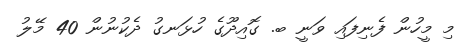
މި މީހުން ފެނިފައި ވަނީ ބ. ގޮއިދޫގެ ހުޅަނގު ދެކުނުން 40 މޭލު